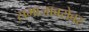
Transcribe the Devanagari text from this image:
समाजाबरोबर